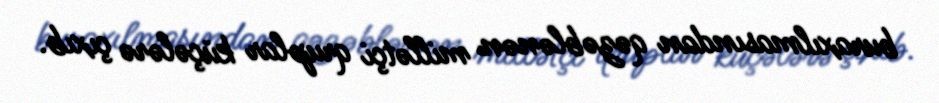
buraxılmasından qəzəblənən millətçi qruplar küçələrə çıxıb.